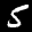
Label: 5